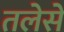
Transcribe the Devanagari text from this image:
तलेसे